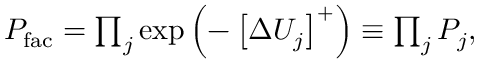
\begin{array} { r } { P _ { \mathrm { f a c } } = \prod _ { j } \exp \left( - \left[ \Delta U _ { j } \right] ^ { + } \right) \equiv \prod _ { j } P _ { j } , } \end{array}